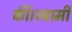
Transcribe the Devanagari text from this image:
कीं।स्वामी